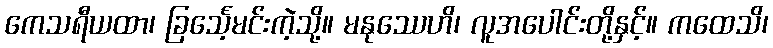
ကေသရီယထာ၊ ခြင်္သေ့မင်းကဲ့သို့။ မနုဿေဟိ၊ လူအပေါင်းတို့နှင့်။ ကထေသိ၊